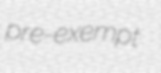
pre-exempt